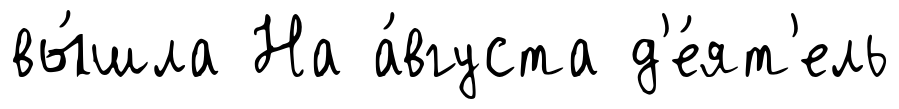
вы́шла На а́вгуста д'е́ят'ель